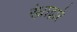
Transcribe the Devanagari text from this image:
रंध्राद्वारे